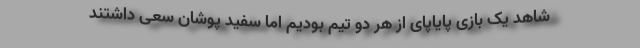
شاهد یک بازی پایاپای از هر دو تیم بودیم اما سفید پوشان سعی داشتند